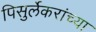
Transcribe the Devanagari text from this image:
पिसुर्लेकरांच्या